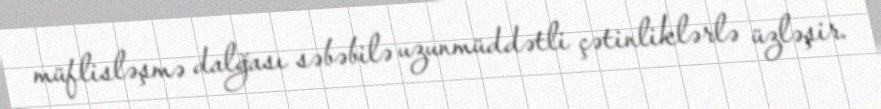
müflisləşmə dalğası səbəbilə uzunmüddətli çətinliklərlə üzləşir.